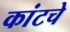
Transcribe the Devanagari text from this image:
कांटचे